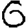
Digit: 6